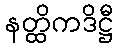
နတ္ထိကဒိဋ္ဌီ